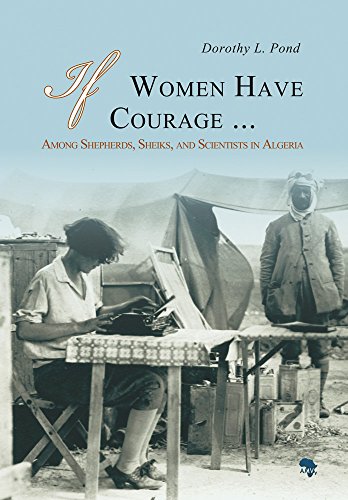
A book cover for If Women Have Courage...: Among Shepherds, Sheiks, and Scientists in Algeria; Dorothy L. Pond; History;